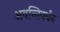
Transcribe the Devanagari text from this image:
अवन्तिवर्धन